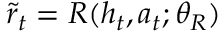
\tilde { r } _ { t } = R ( h _ { t } , a _ { t } ; \theta _ { R } )